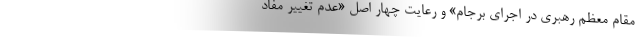
مقام معظم رهبری در اجرای برجام» و رعایت چهار اصل «عدم تغییر مفاد